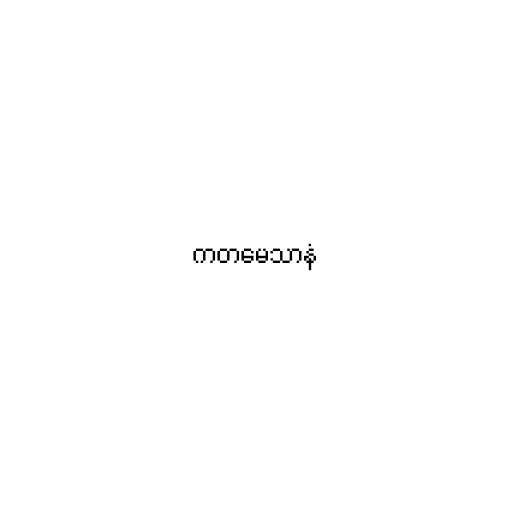
ကတမေသာနံ